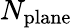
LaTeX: N_{\mathrm{plane}}